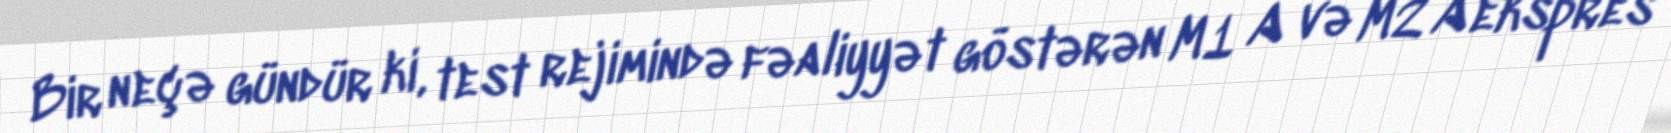
Bir neçə gündür ki, test rejimində fəaliyyət göstərən M1 A və M2 A ekspres